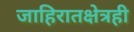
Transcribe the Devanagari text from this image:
जाहिरातक्षेत्रही